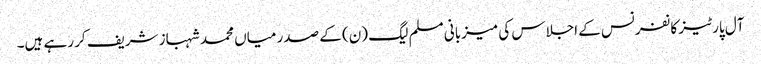
آل پارٹیز کانفرنس کے اجلاس کی میزبانی مسلم لیگ (ن) کے صدر میاں محمد شہباز شریف کر رہے ہیں۔